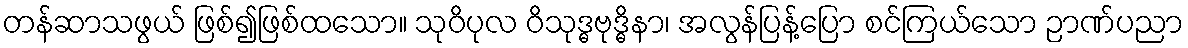
တန်ဆာသဖွယ် ဖြစ်၍ဖြစ်ထသော။ သုဝိပုလ ဝိသုဒ္ဓဗုဒ္ဓိနာ၊ အလွန်ပြန့်ပြော စင်ကြယ်သော ဉာဏ်ပညာ